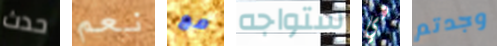
حدث نعم مع ستواجه هي وجدتم